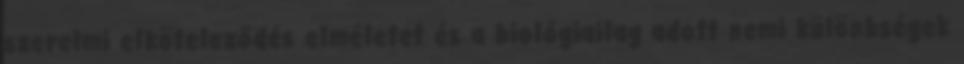
szerelmi elköteleződés elméletet és a biológiailag adott nemi különbségek